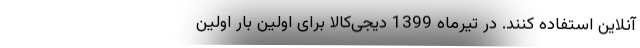
آنلاین استفاده کنند. در تیرماه 1399 دیجی‌کالا برای اولین بار اولین